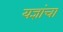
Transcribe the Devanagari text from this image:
यज्ञांचा